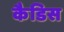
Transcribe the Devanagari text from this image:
कैडिस